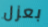
بعزل